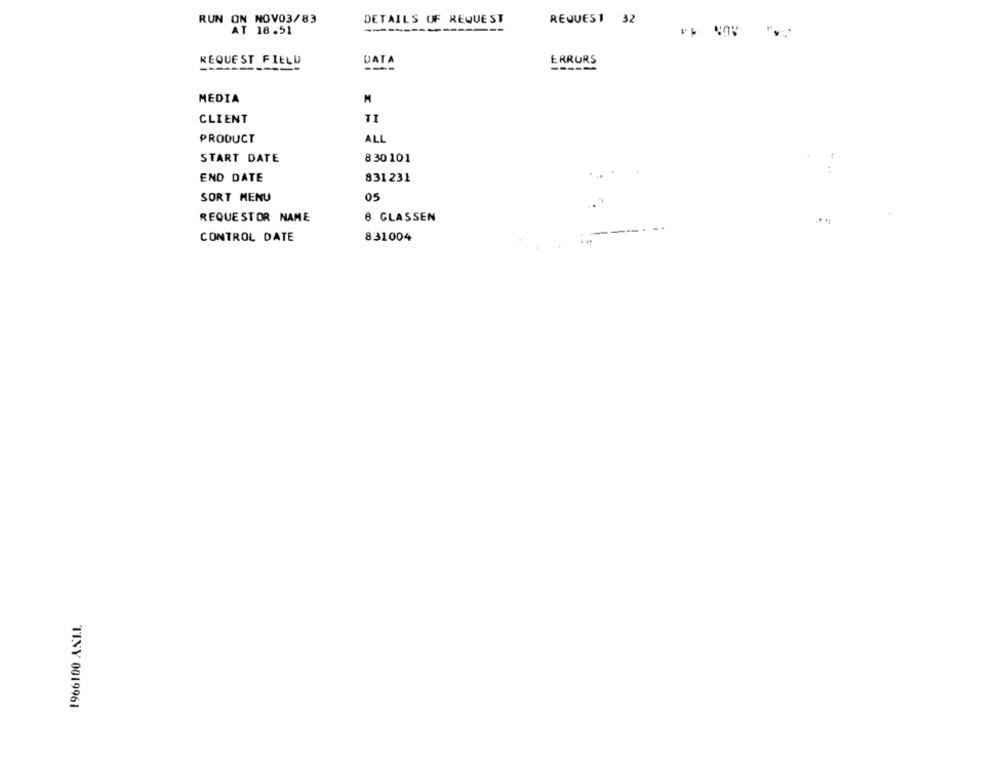
RUN ON NOV03/83
DETAILS OF REQUEST
REQUES1 32
AT 18.51
----------
REQUEST FIELD
ERRURS
DATA
MEDIA
M
CLIENT
TI
PRODUCT
ALL
START DATE
8 30 101
END DATE
831231
SORT MENU
05
REQUESTOR NAME
8 GLASSEN
CONTROL DATE
831004
TINY 0019961